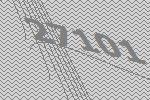
27101